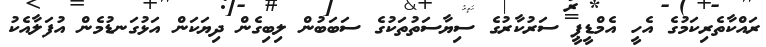
ރައްކާތެރިކަމުގެ އެހީ އެމްޑީޕީ ސަރުކާރުގެ ސިޔާސަތުތަކުގެ ސަބަބުން ލިބިގެން ދިޔަކަން އަޅުގަނޑުމެން އުފަލާއެކު